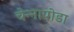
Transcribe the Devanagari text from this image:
चेन्‍नापोडा